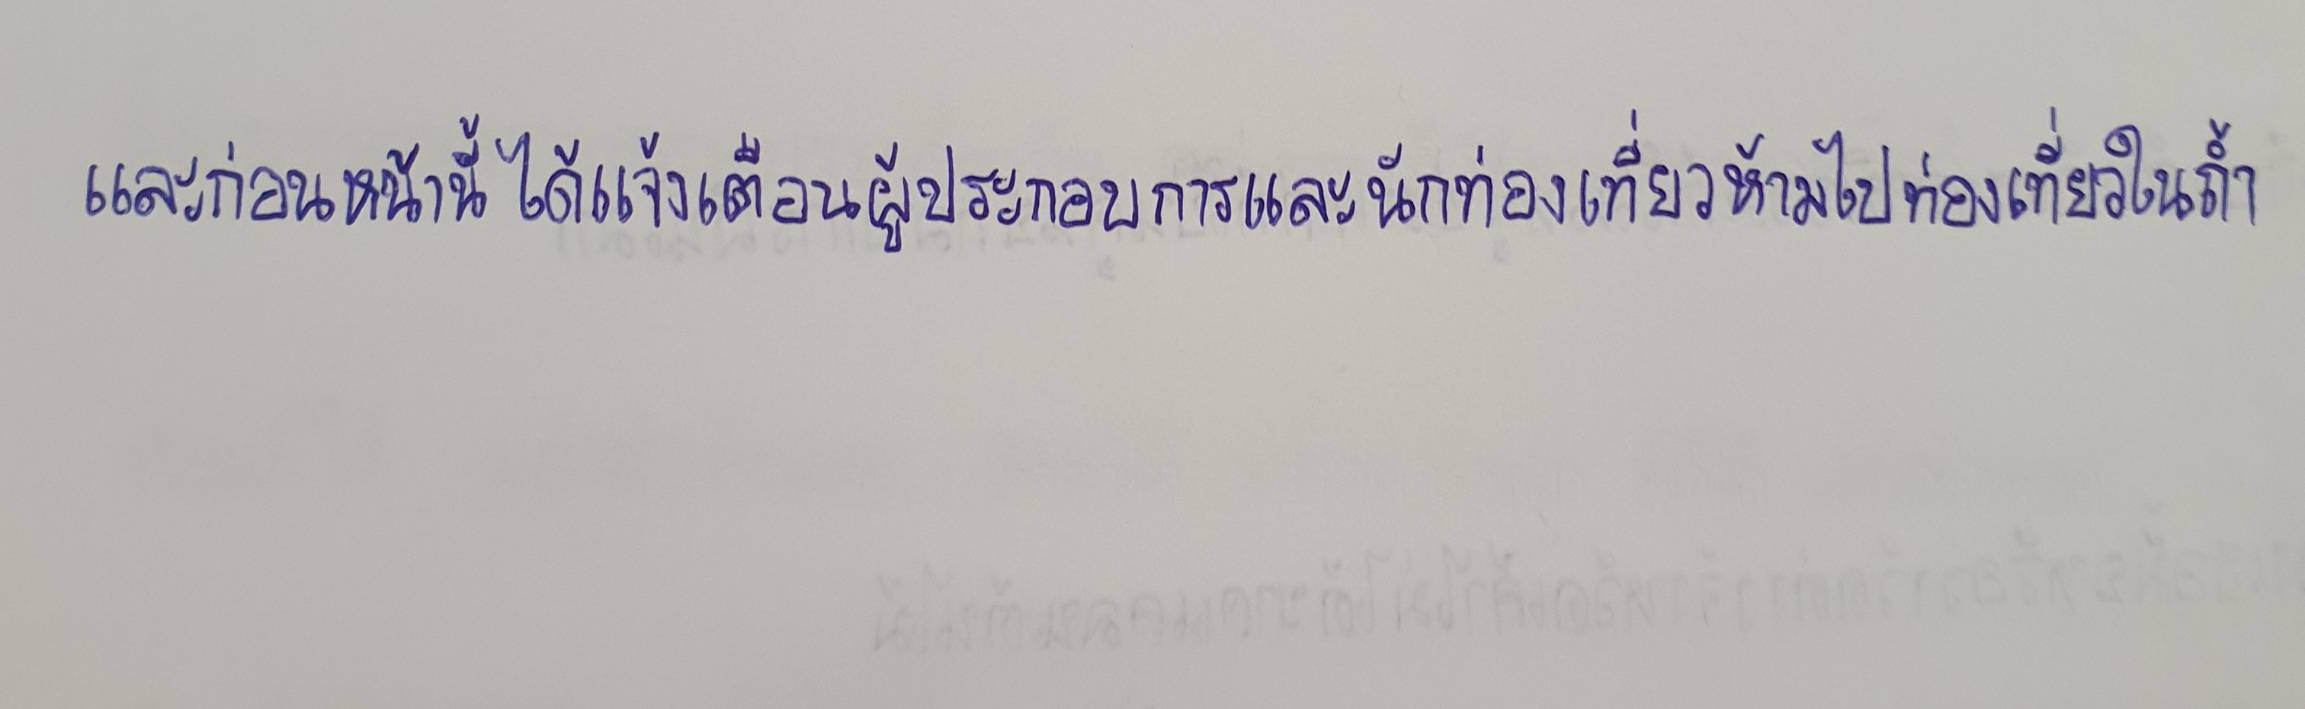
และก่อนหน้านี้ได้แจ้งเตือนผู้ประกอบการและนักท่องเที่ยวห้ามไปท่องเที่ยวในถ้ำ